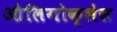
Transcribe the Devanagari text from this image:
औलिगोक्लेस